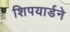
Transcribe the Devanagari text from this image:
शिपयार्डने